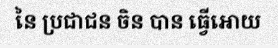
នៃ ប្រជាជន ចិន បាន ធ្វើអោយ